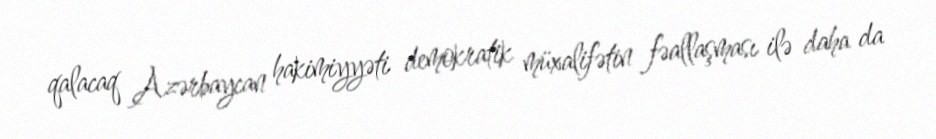
qalacaq Azərbaycan hakimiyyəti demokratik müxalifətin fəallaşması ilə daha da